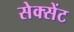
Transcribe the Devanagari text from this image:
सेक्सेंट